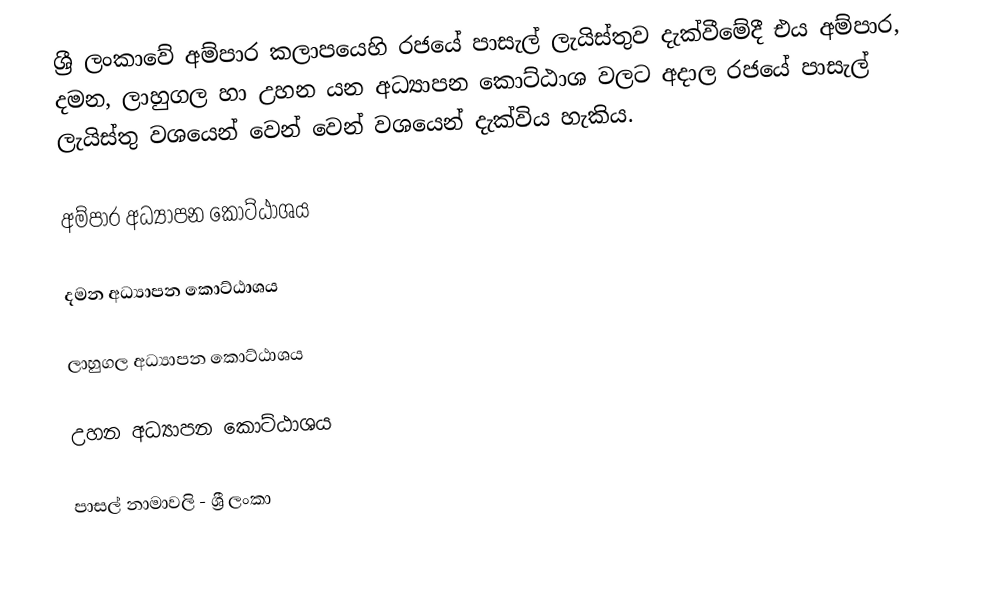
ශ්‍රී ලංකාවේ අම්පාර කලාපයෙහි රජයේ පාසැල් ලැයිස්තුව  දැක්වීමේදී  එය අම්පාර, දමන, ලාහුගල හා උහන යන අධ්‍යාපන කොට්ඨාශ වලට අදාල රජයේ පාසැල් ලැයිස්තු වශයෙන් වෙන් වෙන් වශයෙන් දැක්විය හැකිය.

අම්පාර අධ්‍යාපන කොට්ඨාශය

දමන  අධ්‍යාපන කොට්ඨාශය

ලාහුගල  අධ්‍යාපන කොට්ඨාශය

උහන  අධ්‍යාපන කොට්ඨාශය

පාසල් නාමාවලි - ශ්‍රී ලංකා